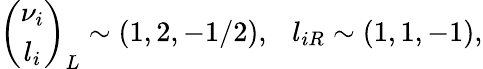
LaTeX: \left(\begin{array}{c}{{\nu_{i}}}\\ {{l_{i}}}\end{array}\right)_{L}\sim(1,2,-1/2),~~~l_{iR}\sim(1,1,-1),